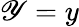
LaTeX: \mathscr{Y}=y